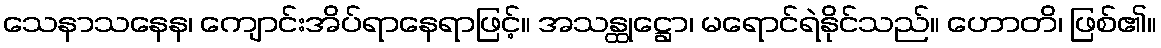
သေနာသနေန၊ ကျောင်းအိပ်ရာနေရာဖြင့်။ အသန္ထုဋ္ဌော၊ မရောင်ရဲနိုင်သည်။ ဟောတိ၊ ဖြစ်၏။